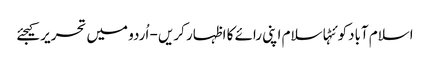
اسلام آبادکوئٹہاسلام اپنی رائے کا اظہار کریں - اُردو میں تحریر کیجئے